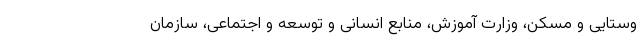
وستایی و مسکن،‌ وزارت آموزش،‌ منابع انسانی و توسعه و اجتماعی، سازمان